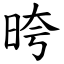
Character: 晇